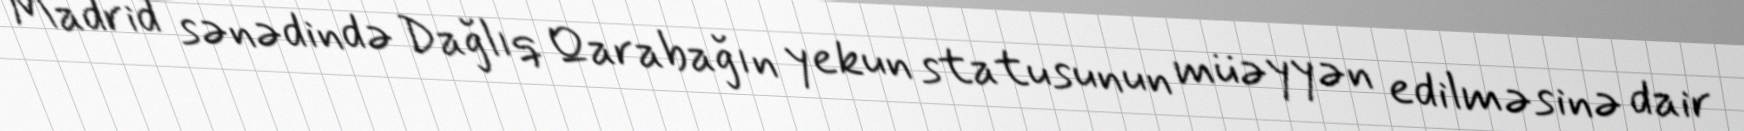
Madrid sənədində Dağlıq Qarabağın yekun statusunun müəyyən edilməsinə dair